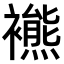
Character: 𧞞